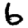
Digit: 6